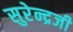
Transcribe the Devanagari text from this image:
सुरेन्द्रजी